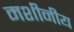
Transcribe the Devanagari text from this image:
मशीनीय